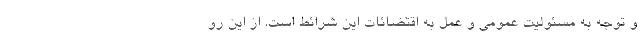
و توجه به مسئولیت عمومی و عمل به اقتضائات این شرائط است. از این رو